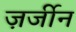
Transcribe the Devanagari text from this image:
ज़र्जीन